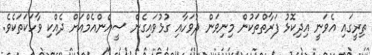
ތިރީގައި އެވަނީ އިދިކޮޅު ފަރާތްތަކުން މިނިވަން ދުވަހާއި ގުޅުވައިގެން ސީއެންއެމްއަށް ދެއްކި ވާހަކަތަކެވެ.